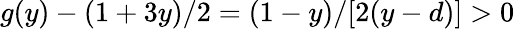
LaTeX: g(y)-(1+3y)/2=(1-y)/[2(y-d)]>0